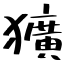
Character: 獷